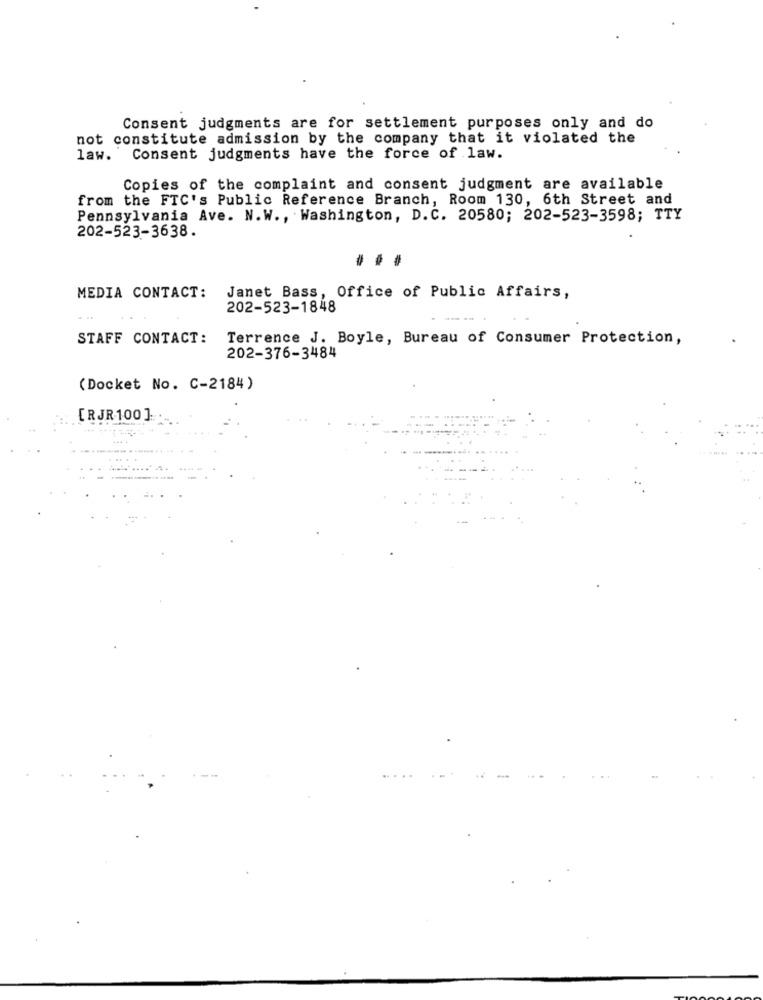
Consent judgments are for settlement purposes only and do
not constitute admission by the company that it violated the
law."
Consent judgments have the force of law.
Copies of the complaint and consent judgment are available
from the FTC's Public Reference Branch, Room 130, 6th Street and
Pennsylvania Ave. N.W ., Washington, D.C. 20580; 202-523-3598; TTY
202-523-3638.
...
MEDIA CONTACT:
Janet Bass, Office of Public Affairs,
202-523-1848
STAFF CONTACT:
Terrence J. Boyle, Bureau of Consumer Protection,
202-376-3484
(Docket No. C-2184)
[ R JR 100 ]